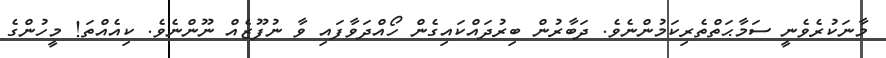
މާނަކުރެވެނީ ސަމާޙަތްތެރިކަމުންނެވެ. ދަބާރުން ބިރުދައްކައިގެން ހޯއްދަވާފައި ވާ ނުފޫޒެއް ނޫންނެވެ. ކިއެއްތަ! މީހުންގެ